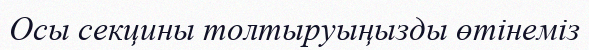
Осы секцины толтыруыңызды өтінеміз